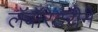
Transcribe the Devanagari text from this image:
लॅबॉरेटरीने